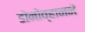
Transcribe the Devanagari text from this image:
डोनोव्हानने